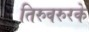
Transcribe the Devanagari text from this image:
तिरुवरुरके